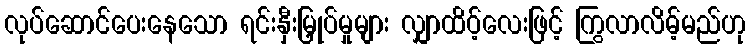
လုပ်ဆောင်ပေးနေသော ရင်းနှီးမြှုပ်မှုများ လျှာထိပ့်လေးဖြင့် ကြွလာလိမ့်မည်ဟု